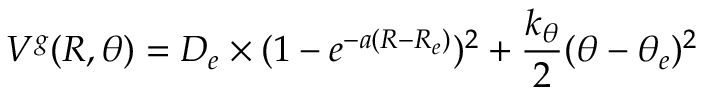
V ^ { g } ( R , \theta ) = D _ { e } \times ( 1 - e ^ { - a ( R - R _ { e } ) } ) ^ { 2 } + \frac { k _ { \theta } } { 2 } ( \theta - \theta _ { e } ) ^ { 2 }